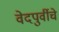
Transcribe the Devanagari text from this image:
वेदपुर्वीचे